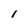
Character: 1